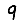
Digit: 9